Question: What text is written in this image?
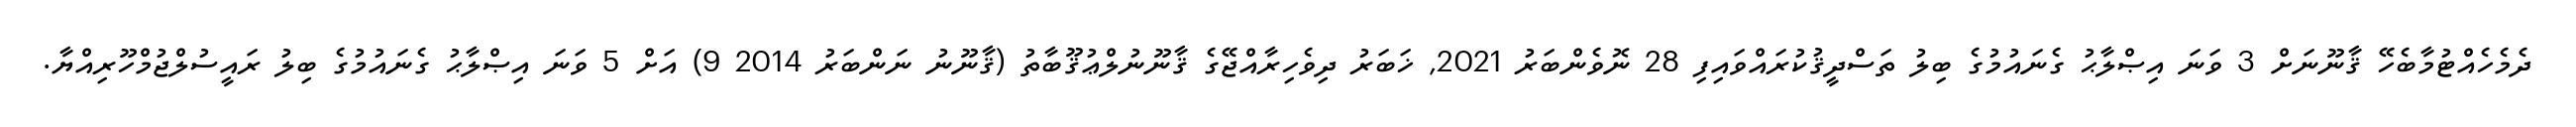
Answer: ދެމެހެއްޓުމާބެހޭ ޤާނޫނަށް 3 ވަނަ އިޞްލާޙު ގެނައުމުގެ ބިލު ތަސްދީޤުކުރައްވައިފި 28 ނޮވެންބަރު 2021, ޚަބަރު ދިވެހިރާއްޖޭގެ ޤާނޫނުލްޢުޤޫބާތު (ޤާނޫނު ނަންބަރު 2014 9) އަށް 5 ވަނަ އިޞްލާޙު ގެނައުމުގެ ބިލު ރައީސުލްޖުމްހޫރިއްޔާ.